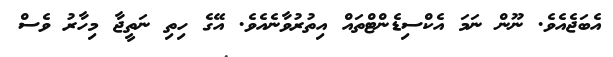
އެބަޖެއެވެ. ނޫން ނަމަ އެކްސިޑެންޓްތައް އިތުރުވާނެއެވެ. އޭގެ ހިތި ނަތީޖާ މިހާރު ވެސް